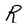
Character: R